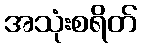
အသုံးစရိတ်